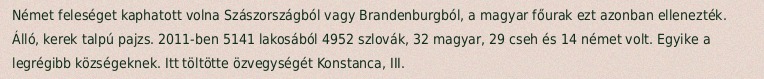
Német feleséget kaphatott volna Szászországból vagy Brandenburgból, a magyar főurak ezt azonban ellenezték. Álló, kerek talpú pajzs. 2011-ben 5141 lakosából 4952 szlovák, 32 magyar, 29 cseh és 14 német volt. Egyike a legrégibb községeknek. Itt töltötte özvegységét Konstanca, III.